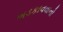
ભડકાવવાનો